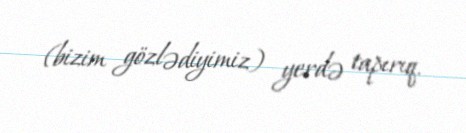
(bizim gözlədiyimiz) yerdə tapırıq.